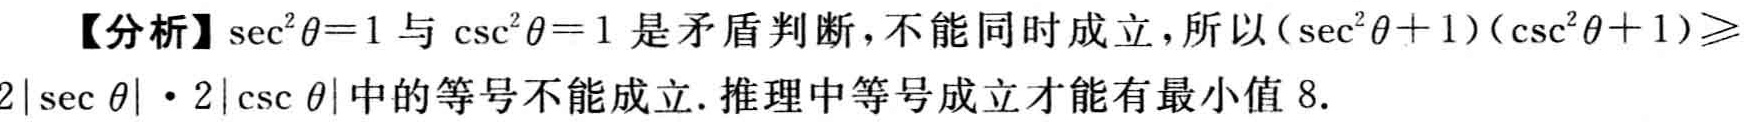
【分析】\(\sec^{2}\theta = 1\)与\(\csc^{2}\theta = 1\)是矛盾判断，不能同时成立，所以\((\sec^{2}\theta + 1)(\csc^{2}\theta + 1)\geqslant 2|\sec\theta|\cdot 2|\csc\theta|\)中的等号不能成立. 推理中等号成立才能有最小值\(8\).